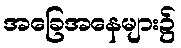
အခြေအနေများ၌